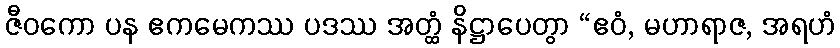
ဇီဝကော ပန ဧကမေကဿ ပဒဿ အတ္ထံ နိဋ္ဌာပေတွာ “ဧဝံ, မဟာရာဇ, အရဟံ